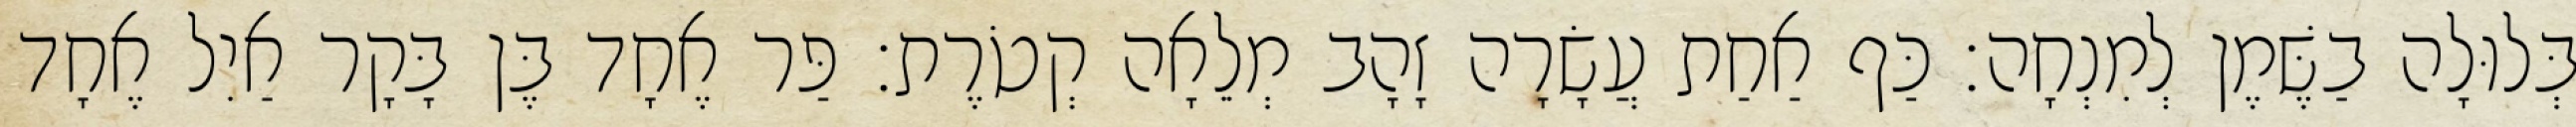
בְּלוּלָה בַשֶּׁמֶן לְמִנְחָה׃ כַּף אַחַת עֲשָׂרָה זָהָב מְלֵאָה קְטֹרֶת׃ פַּר אֶחָד בֶּן בָּקָר אַיִל אֶחָד